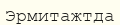
Эрмитажтда